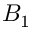
B _ { 1 }